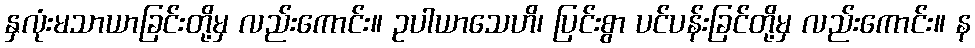
နှလုံးမသာယာခြင်းတို့မှ လည်းကောင်း။ ဥပါယာသေဟိ၊ ပြင်းစွာ ပင်ပန်းခြင်တို့မှ လည်းကောင်း။ န